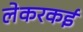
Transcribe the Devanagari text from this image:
लेकरकई